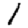
Digit: 1